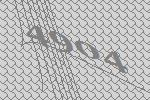
4904